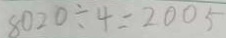
8 0 2 0 \div 4 = 2 0 0 5